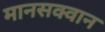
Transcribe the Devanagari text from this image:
मानसक्वान